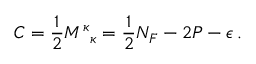
C = \frac { 1 } { 2 } { M ^ { \kappa } } _ { \kappa } = \frac { 1 } { 2 } N _ { F } - 2 P - \epsilon \, .